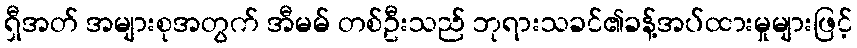
ရှီအတ် အများစုအတွက် အီမမ် တစ်ဦးသည် ဘုရားသခင်၏ခန့်အပ်ထားမှုများဖြင့်